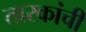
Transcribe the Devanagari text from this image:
तारकांची